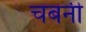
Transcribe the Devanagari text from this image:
चबनी